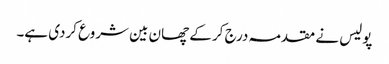
پولیس نے مقدمہ درج کر کے چھان بین شروع کردی ہے۔